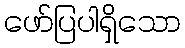
ဖော်ပြပါရှိသော